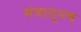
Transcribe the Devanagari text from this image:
मंत्रातूनच